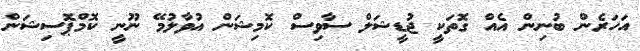
އަހަރެން ބުނިން އެއް ގޮތަކީ ޖުޑީޝަލް ސާވިސް ކޮމިޝަން އުވާލުމޭ ނޫނީ ކޮމްޕޮސިޝަން